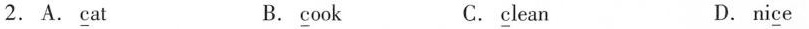
2.A. \underline{c}at B. \underline{c}ook C. \underline{c}lean D.ni\underline{c}e